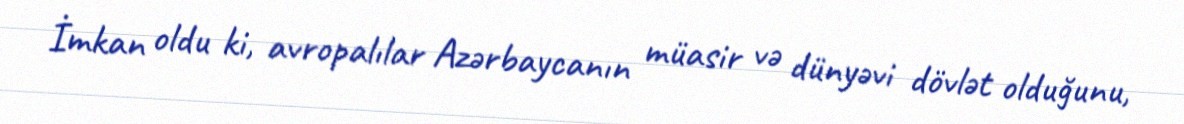
İmkan oldu ki, avropalılar Azərbaycanın müasir və dünyəvi dövlət olduğunu,